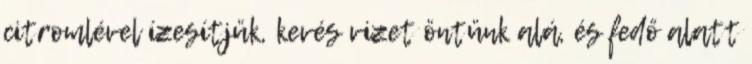
citromlével ízesítjük, kevés vizet öntünk alá, és fedő alatt